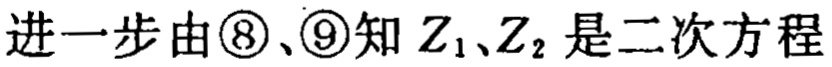
进一步由\textcircled{8}、\textcircled{9}知 \(Z_1、Z_2\) 是二次方程